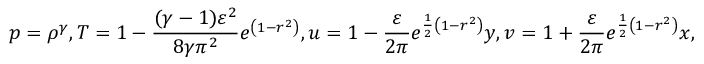
p = \rho ^ { \gamma } , T = 1 - \frac { ( \gamma - 1 ) \varepsilon ^ { 2 } } { 8 \gamma \pi ^ { 2 } } e ^ { \left( 1 - r ^ { 2 } \right) } , u = 1 - \frac { \varepsilon } { 2 \pi } e ^ { \frac { 1 } { 2 } \left( 1 - r ^ { 2 } \right) } y , v = 1 + \frac { \varepsilon } { 2 \pi } e ^ { \frac { 1 } { 2 } \left( 1 - r ^ { 2 } \right) } x ,